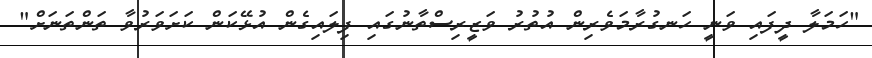
"ހަމަލާ ދީފައި ވަނީ ހަނގުރާމަވެރިން އުތުރު ވަޒީރިސްތާނުގައި ފިލައިގެން އުޅޭކަން ކަށަވަރުވާ ތަންތަނަށް"